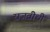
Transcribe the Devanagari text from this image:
राजवीथी